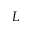
L